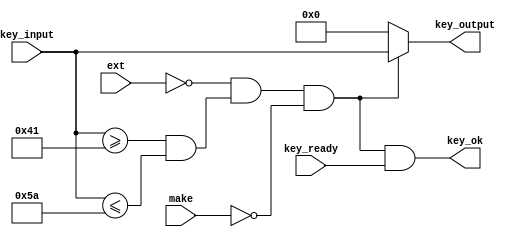
/*
    keyboard_filter: filters the input from keycode_recognizer and
                     key_code to ascii to only consider key releases
                     for keys between "A" and "Z".
*/
module keyboard_filter(input key_ready,
                       input make,
                       input ext,
                       input [7:0] key_input,
                       output key_ok,
                       output [7:0] key_output);
    
    parameter KEY_EMPTY = 8'h0;
	 
	 wire key_inside_range, key_release;
    
    assign key_inside_range = (ext == 0) && (key_input >= "A" && key_input <= "Z");
    
    assign key_release = (make == 0);
    
    assign key_ok = key_inside_range && key_release && key_ready;
    
    assign key_output = (key_inside_range && key_release) ? key_input : KEY_EMPTY;
    
endmodule